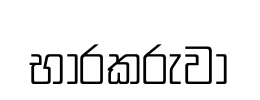
භාරකරුවා